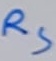
Text: RS